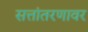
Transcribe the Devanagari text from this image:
सत्तांतरणावर